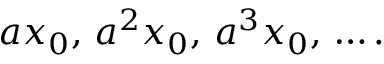
a x _ { 0 } , \, a ^ { 2 } x _ { 0 } , \, a ^ { 3 } x _ { 0 } , \, \dots .